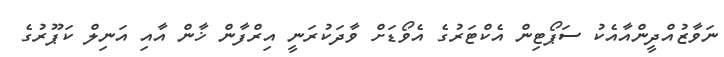
ނަވާޒުއްދީންއާއެކު ސަޕޯޓިން އެކްޓަރުގެ އެވޯޑަށް ވާދަކުރަނީ އިރްފާން ޚާން އާއި އަނިލް ކަޕޫރުގެ